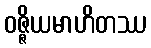
ဝဇ္ဇိယမာဟိတဿ